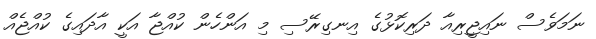
ނަމަވެސް ނައިޖީރިއާ ދަރިކޮޅުގެ އިނގިރޭސި މި އަންހެން ކުއްޖާ އަކީ އާދައިގެ ކުއްޖެއް